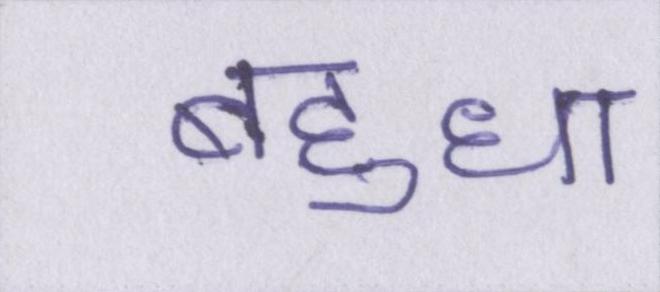
बहुधा